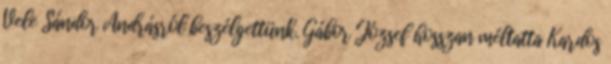
Vele Sán­dor Andrásról beszélgettünk. Gábor József hosszan méltatta Kar­dos